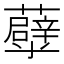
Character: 𧄀